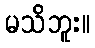
မသိဘူး။